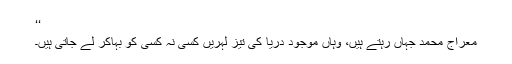
‘‘
معراج محمد جہاں رہتے ہیں، وہاں موجود دریا کی تیز لہریں کسی نہ کسی کو بہاکر لے جاتی ہیں۔